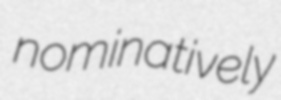
nominatively